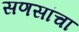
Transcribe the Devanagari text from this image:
सणसांचा